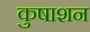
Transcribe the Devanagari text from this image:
कुषाशन